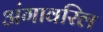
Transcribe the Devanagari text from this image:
अंगावरिल